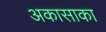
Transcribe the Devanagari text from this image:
अकासाका